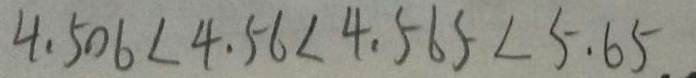
4 . 5 0 6 < 4 . 5 6 < 4 . 5 6 5 < 5 . 6 5